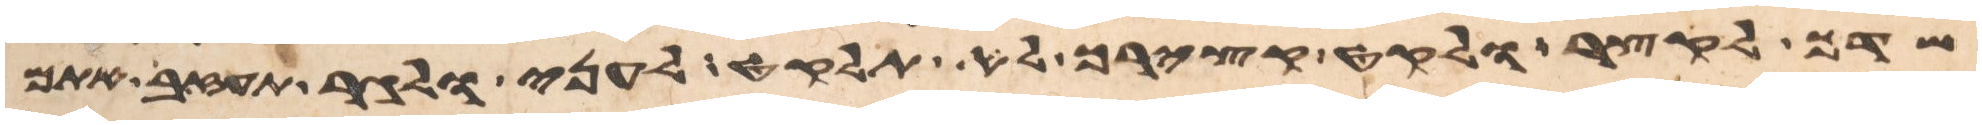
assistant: שדך לקצר ולקט קצירך לא תלקט לעני ולגר תעזב אתם